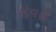
એવરી